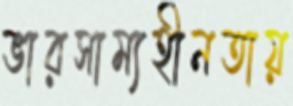
ভারসাম্যহীনতায়